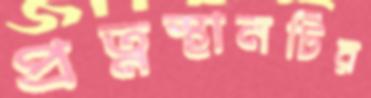
প্রত্নস্থানটির